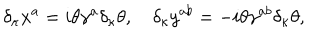
\delta _ { \kappa } x ^ { a } = i \theta \gamma ^ { a } \delta _ { \kappa } \theta , \quad \delta _ { \kappa } y ^ { a b } = - i \theta \gamma ^ { a b } \delta _ { \kappa } \theta ,